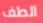
الطف